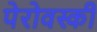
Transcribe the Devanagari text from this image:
पेरोवस्की